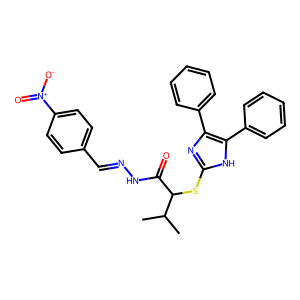
SMILES: CC(C)C(Sc1nc(-c2ccccc2)c(-c2ccccc2)[nH]1)C(=O)NN=Cc1ccc([N+](=O)[O-])cc1
Inhibits HIV replication: No